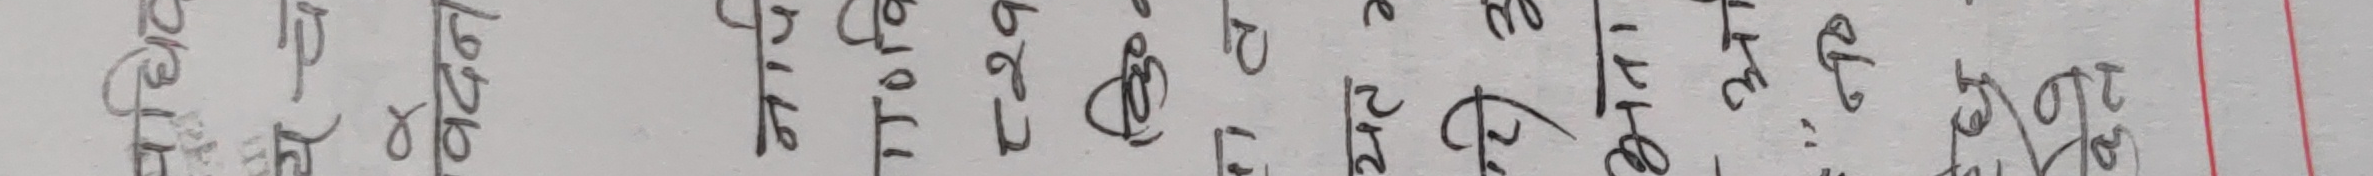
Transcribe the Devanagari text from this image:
२१३,९२६।१६
१७,७०३.७१
८,७९७,५६३.४१
३०,५२९.९३
३८,२११.१६